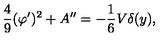
\frac { 4 } { 9 } ( \varphi ^ { \prime } ) ^ { 2 } + A ^ { \prime \prime } = - \frac { 1 } { 6 } V \delta ( y ) ,